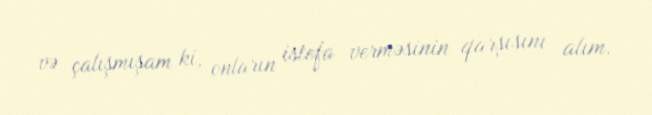
və çalışmışam ki, onların istefa verməsinin qarşısını alım.